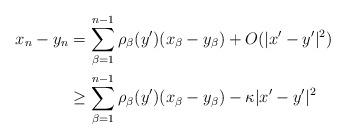
LaTeX: \begin{align*}\begin{aligned}x_n - y_n = \,& \sum_{\beta = 1}^{n-1}\rho_\beta (y') (x_\beta - y_\beta) + O (|x'-y'|^2)\\ \geq \,& \sum_{\beta = 1}^{n-1}\rho_\beta (y') (x_\beta - y_\beta) - \kappa |x'-y'|^2\end{aligned}\end{align*}